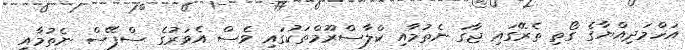
އަހްމަދިއްޔާގެ ގޯތި ތެރޭގައި ޖާގަ ނެތުމާއި ކްލާސްރޫމްތަކުގައި ވެސް އެވަރުގެ ސްޕޭސް ނެތުމާއި